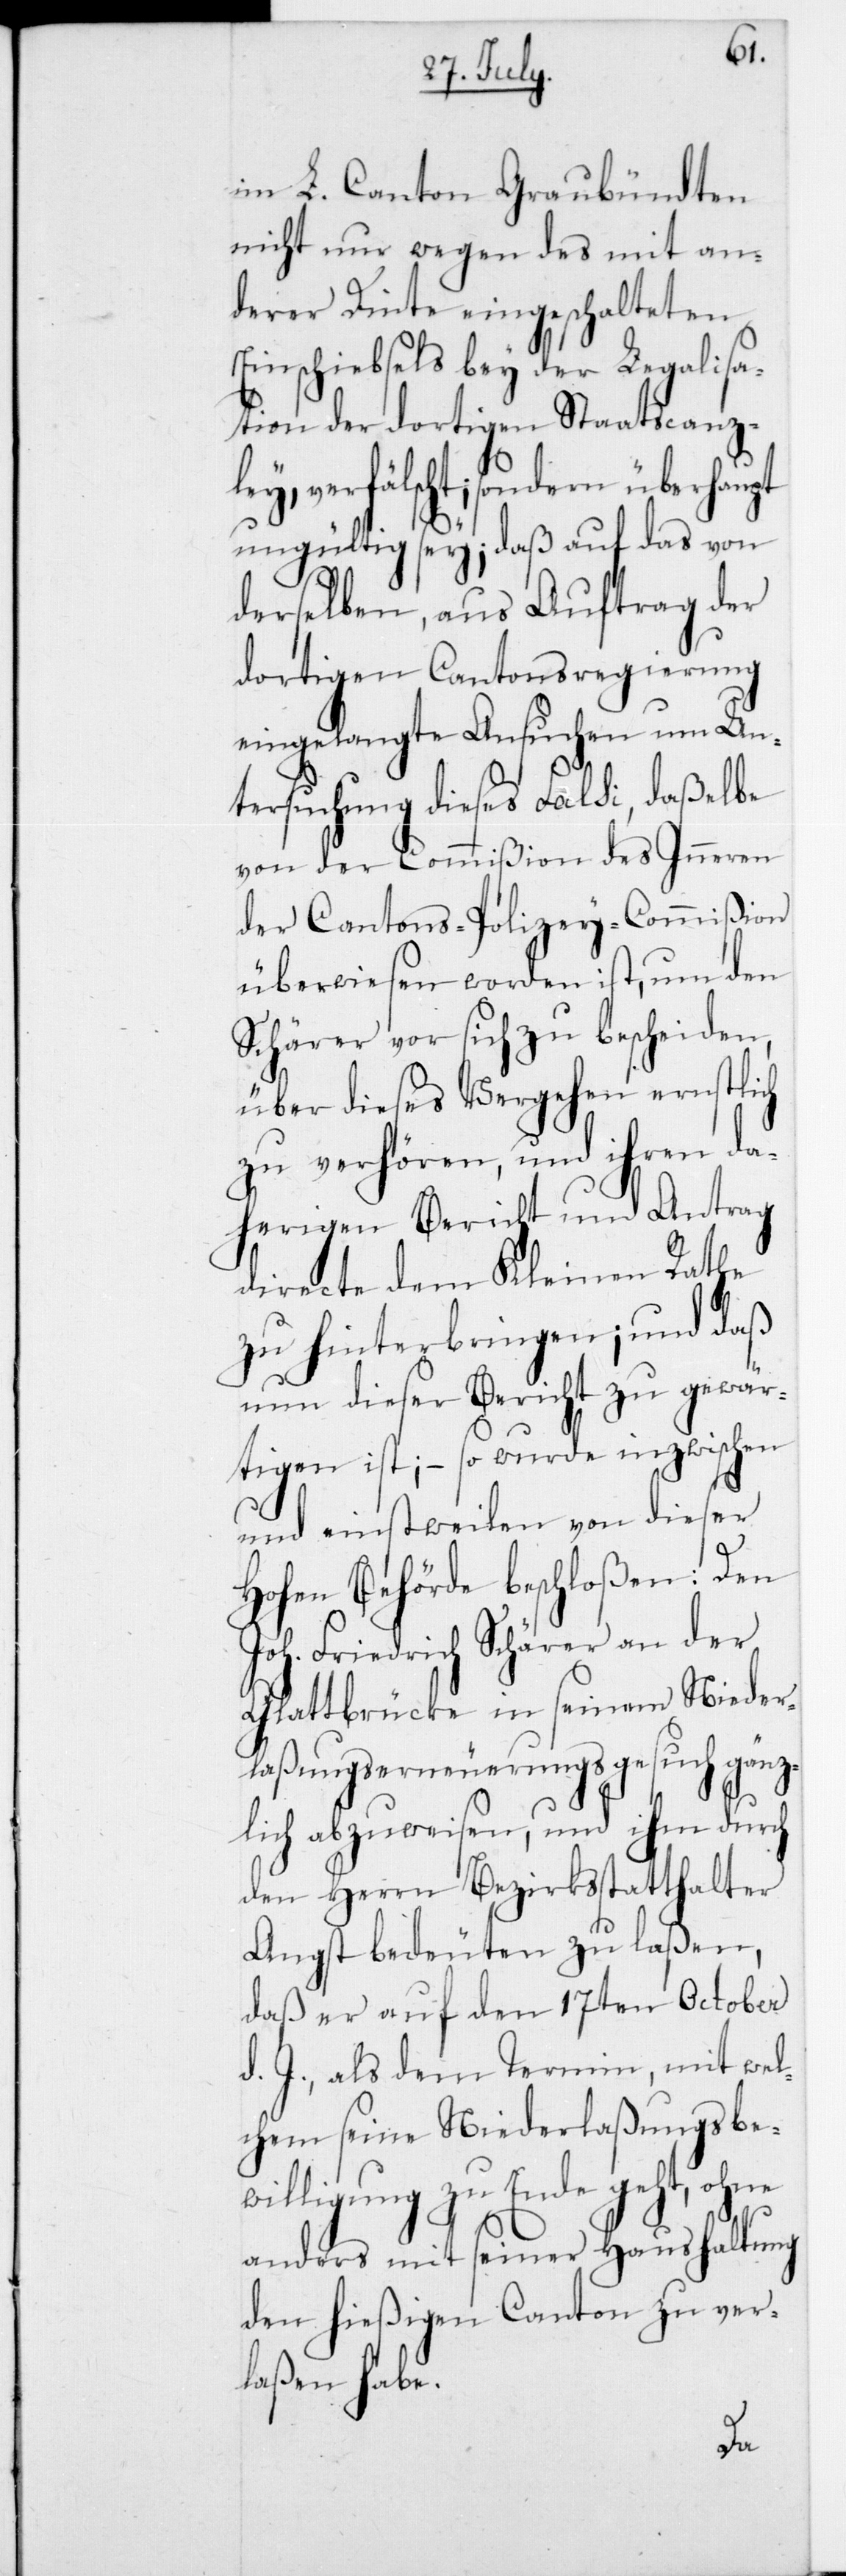
im L. Canton Graubündten
nicht nur wegen des mit an¬
derer Tinte eingeschalteten
Einschiebsels bey der Legalisa¬
tion der dortigen Staatscanz¬
ley, verfälscht, sondern überhaupt
ungültig sey; daß auf das von
derselben, aus Auftrag der
dortigen Cantonsregierung
eingelangte Ansuchen um Un¬
tersuchung dieses Falsi, daßelbe
von der Commißion des Inneren
der Cantons-Polizey-Commißion
überwiesen worden ist, um den
Schärer vor sich zu bescheiden,
über dieses Vergehen ernstlich
zu verhören, und ihren da¬
herigen Bericht und Antrag
directe dem Kleinen Rathe
zu hinterbringen; und daß
nun dieser Bericht zu gewär¬
tigen ist, – so wurde inzwischen
und einstweilen von dieser
Hohen Behörde beschloßen: Den
Joh. Friedrich Schärer an der
Glattbrücke in seinem Nieder¬
laßungserneuerungsgesuch gänz¬
lich abzuweisen, und ihm durch
den Herrn Bezirksstatthalter
Angst bedeuten zu laßen,
daß er auf den 17ten October
d. J., als dem Termin, mit wel¬
chem seine Niederlaßungsbe¬
willigung zu Ende geht, ohne
anders mit seiner Haushaltung
den hießigen Canton zu ver¬
laßen habe.